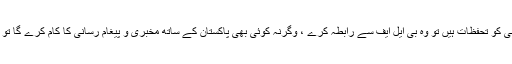
اگر مخبر کی ہلاکت پر کسی کو تحفظات ہیں تو وہ بی ایل ایف سے رابطہ کرے ، وگرنہ کوئی بھی پاکستان کے ساتھ مخبری و پیغام رسانی کا کام کرے گا تو اُسے سزا ضرور ملے گی۔